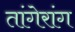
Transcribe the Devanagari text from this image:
तांगेरांग